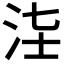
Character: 𣳃